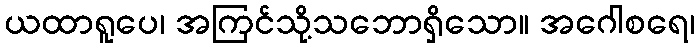
ယထာရူပေ၊ အကြင်သို့သဘောရှိသော။ အဂေါစရေ၊